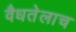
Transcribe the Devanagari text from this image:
वैधतेलाच